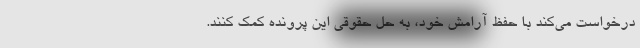
درخواست می‌کند با حفظ آرامش خود، به حل حقوقی این پرونده کمک کنند.